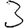
Digit: 3